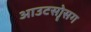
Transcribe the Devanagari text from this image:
आउटसोॄसग